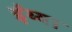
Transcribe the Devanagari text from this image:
ईय्या